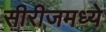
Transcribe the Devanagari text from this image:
सीरीजमध्ये